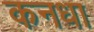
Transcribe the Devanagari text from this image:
कनधा